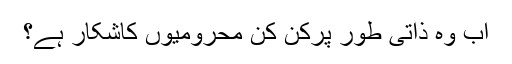
اب وہ ذاتی طور پرکن کن محرومیوں کاشکار ہے؟